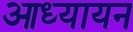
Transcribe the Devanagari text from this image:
आध्यायन